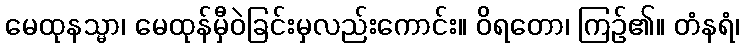
မေထုနသ္မာ၊ မေထုန်မှီဝဲခြင်းမှလည်းကောင်း။ ဝိရတော၊ ကြဉ်၏။ တံနရံ၊